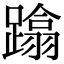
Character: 蹹